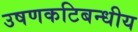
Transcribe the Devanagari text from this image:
उषणकटिबन्धीय